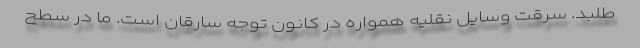
طلبد. سرقت وسایل نقلیه همواره در کانون توجه سارقان است. ما در سطح